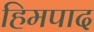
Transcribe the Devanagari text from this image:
हिमपाद